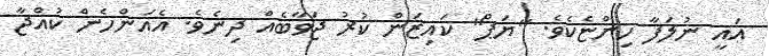
އައީ ނުލަފާ ހިންޏެކެވެ. "ޔަޕް" ކައިޒަން ކުރު ޖަވާބެއް ދިނެވެ. އެއަންހެން ކުއްޖާ